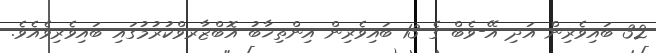
32 ބައިވެރިން އަދި އޭ-ވެބް ގެ 13 ބައިވެރިން އިންތިޚާބު އޮބްޒާރވްކުރުމުގައި ބައިވެރިވެއެވެ.